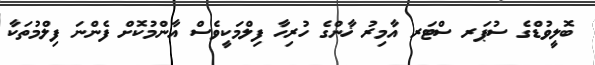
ބޮލީވުޑްގެ ސުޕަރ ސްޓަރ އާމިރު ޚާންގެ ހުރިހާ ފިލްމަކީވެސް އާންމުކޮށް ފެންނަ ފިލްމުތަކާ